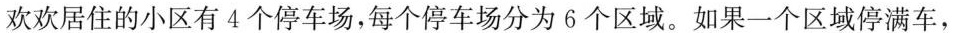
欢欢居住的小区有4个停车场，每个停车场分为6个区域。如果一个区域停满车，